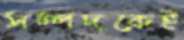
সম্পদকেই